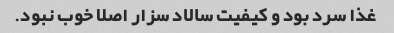
غذا سرد بود و کیفیت سالاد سزار اصلا خوب نبود.